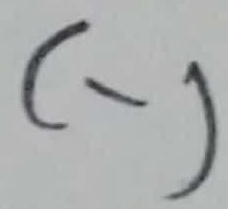
Text: (-)